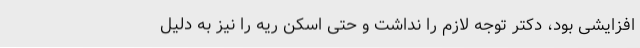
افزایشی بود، دکتر توجه لازم را نداشت و حتی اسکن ریه را نیز به دلیل